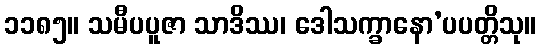
၁၁၈၅။ သမီပပူဇာ သာဒိဿ၊ ဒေါသက္ခာနော’ပပတ္တိသု။